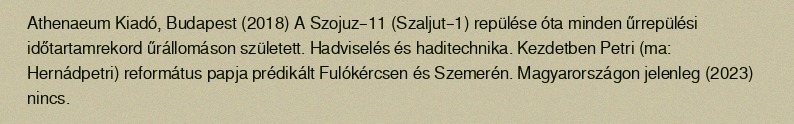
Athenaeum Kiadó, Budapest (2018) A Szojuz–11 (Szaljut–1) repülése óta minden űrrepülési időtartamrekord űrállomáson született. Hadviselés és haditechnika. Kezdetben Petri (ma: Hernádpetri) református papja prédikált Fulókércsen és Szemerén. Magyarországon jelenleg (2023) nincs.